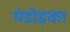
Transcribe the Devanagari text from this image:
मंडोइका